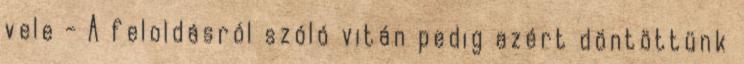
vele - A feloldásról szóló vitán pedig azért döntöttünk